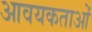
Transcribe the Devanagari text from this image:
आवयकताओं